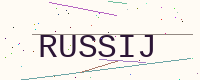
Text: RUSSIJ